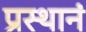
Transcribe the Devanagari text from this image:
प्रस्थानं